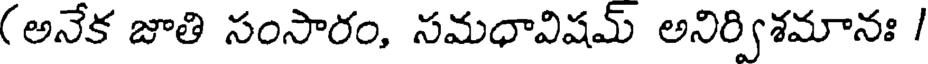
(అనేక జాతి సంసారం, సమధావిషమ్ అనిర్విశమానః /